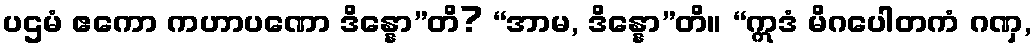
ပဌမံ ဧကော ကဟာပဏော ဒိန္နော”တိ? “အာမ, ဒိန္နော”တိ။ “ဣဒံ မိဂပေါတကံ ဂဏှ,